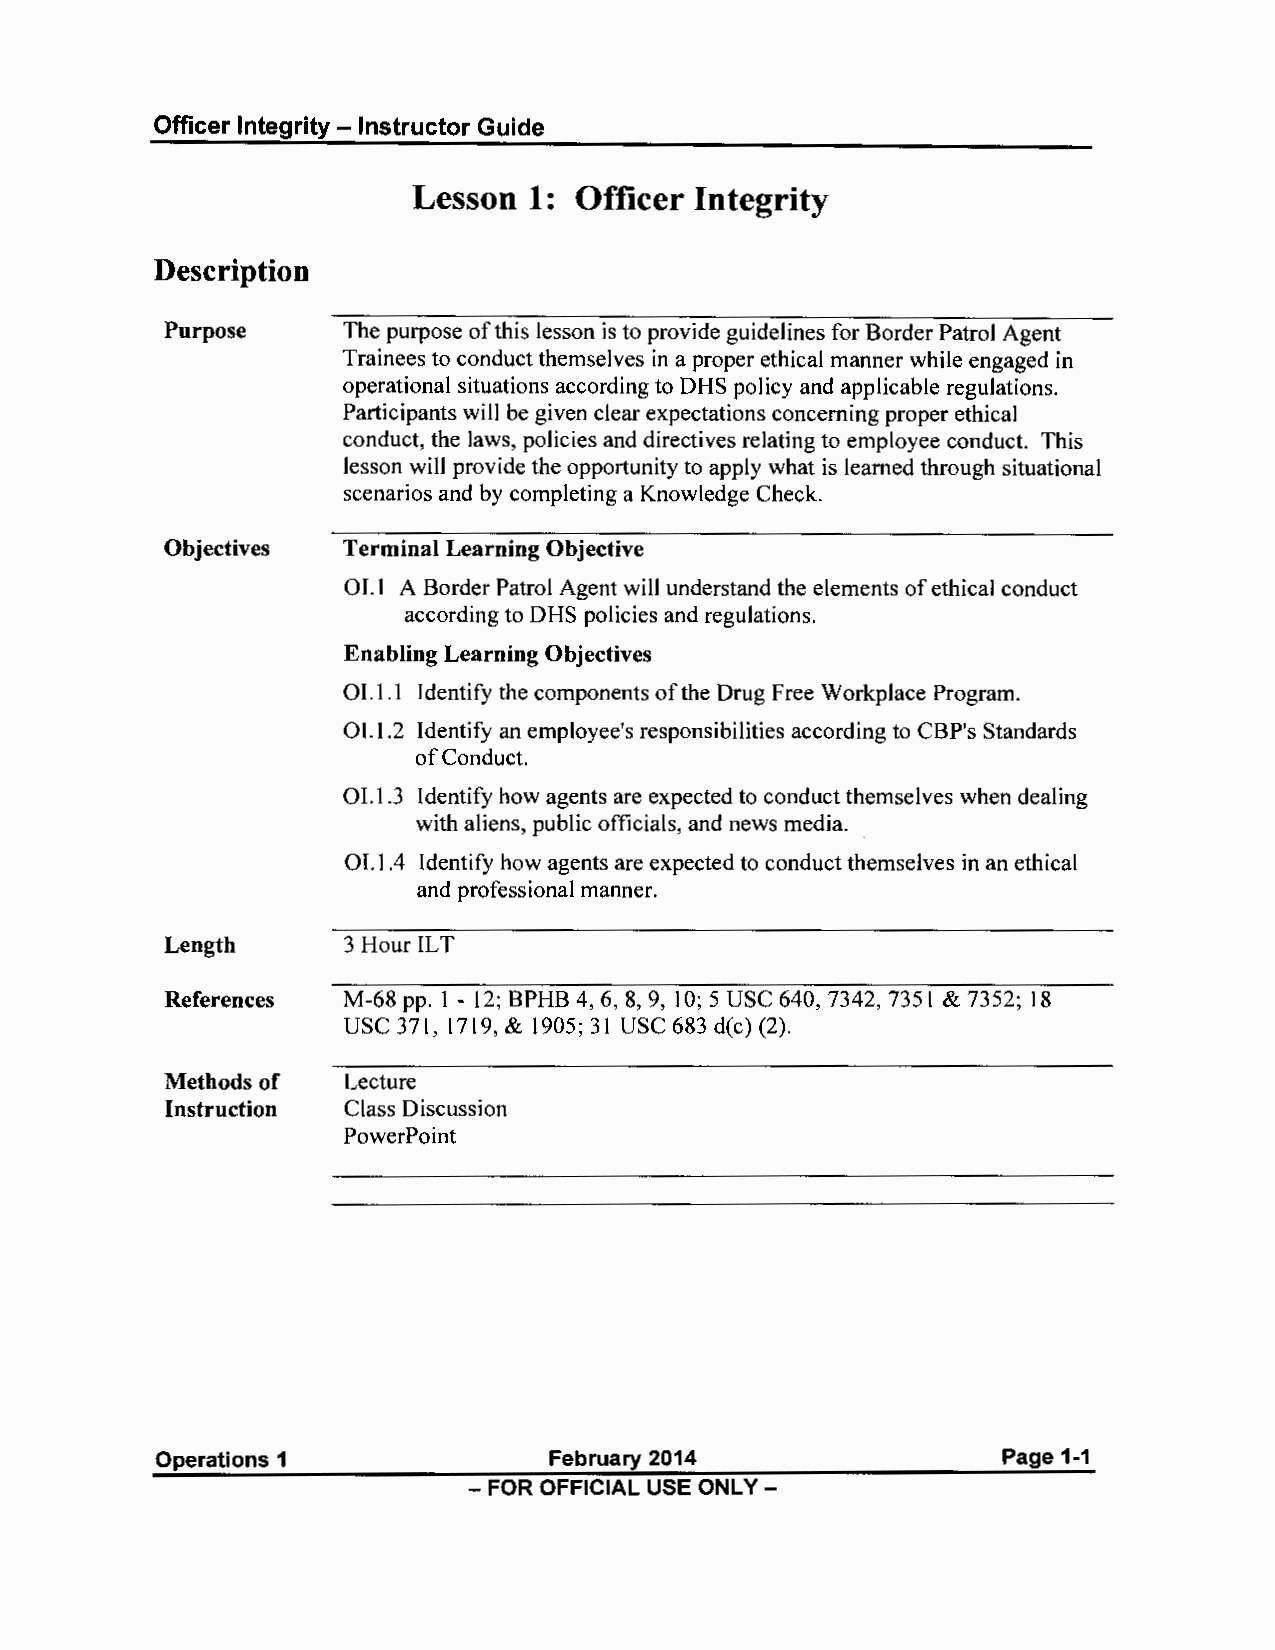
Officer Integrity - Instructor Guide
 Lesson  1: Officer Integrity
 Description
 Purpose     The purpose of this lesson is to provide guidelines for Border Patrol Agent
 Trainees to conduct themselves in a proper ethical manner while engaged in
 operational situations according to OHS policy and applicable regulations.
 Participants will be given clear expectations concerning proper ethical
 conduct, the laws, policies and directives relating to employee conduct. This
 lesson will provide the opportunity to apply what is learned through situational
 scenarios and by completing a Knowledge Check.
 Objectives  Terminal Learning Objective
 01.1 A Border Patrol Agent will understand the elements of ethical conduct
 according to OHS policies and regulations.
 Enabling Learning Objectives
 01.1.1 Identify the components of the Drug Free Workplace Program.
 01.1.2 Identify an employee's responsibilities according to CBP's Standards
 of Conduct.
 01.1.3 Identify how agents are expected to conduct themselves when dealing
 with aliens, public officials, and news media.
 01.1.4 Identify how agents are expected to conduct themselves in an ethical
 and professional manner.
 Length      3 Hour ILT
 References  M-68 pp. 1 - 12; BPHB 4, 6, 8, 9, 10; 5 USC 640, 7342, 7351 & 7352; 18
 USC371, 1719,& 1905;31 USC683d(c)(2).
 Methods of  Lecture
 Instruction Class Discussion
 PowerP oint
 Operations 1              February 2014                 Page 1-1
 - FOR OFFICIAL USE ONLY -